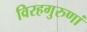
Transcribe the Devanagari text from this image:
विरहगुरुणां